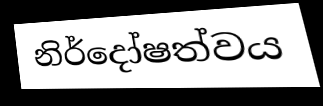
නිර්දෝෂත්වය